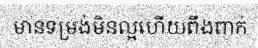
មានទម្រង់មិនល្អហើយពឹងពាក់